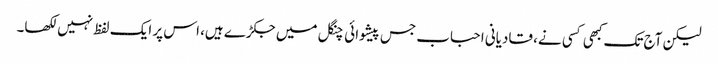
لیکن آج تک کبھی کسی نے، قادیانی احباب جس پیشوائی چنگل میں جکڑے ہیں، اس پر ایک لفظ نہیں لکھا۔